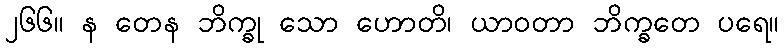
၂၆၆။ န တေန ဘိက္ခု သော ဟောတိ၊ ယာဝတာ ဘိက္ခတေ ပရေ။